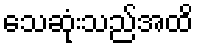
သေဆုံးသည်အထိ